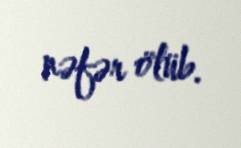
nəfər ölüb.